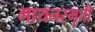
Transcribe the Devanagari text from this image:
गायनस्मृती